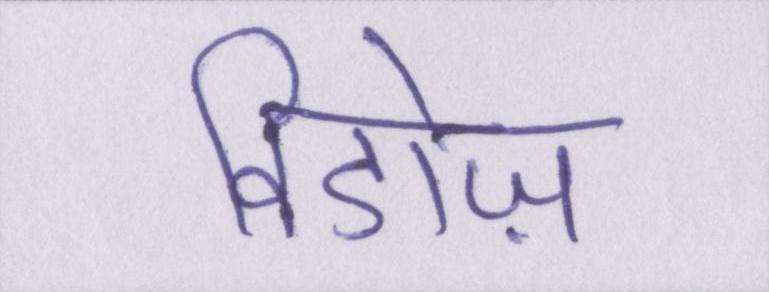
विडोज़